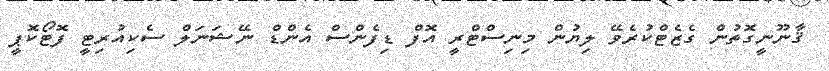
ޤާނޫނީގޮތުން ގެޒެޓްކުރެވޭ ލިޔުން މިނިސްޓްރީ އޮފް ޑިފެންސް އެންޑް ނޭޝަނަލް ސެކިއުރިޓީ ފޮޓޯކޮޕީ